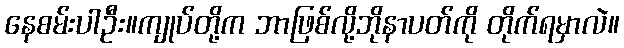
နေစမ်းပါဦး။ကျုပ်တို့က ဘာဖြစ်လို့ဘိုနာပတ်ကို တိုက်ရမှာလဲ။